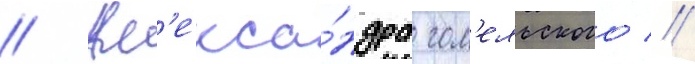
// Ал'екса́ндра гом'ельского //